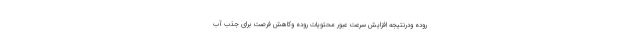
روده ودرنتیجه افزایش سرعت عبور محتویات روده وکاهش فرصت برای جذب آب